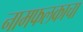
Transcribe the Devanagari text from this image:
नामफलकाचा